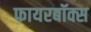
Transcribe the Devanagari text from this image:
फायरबॉक्स